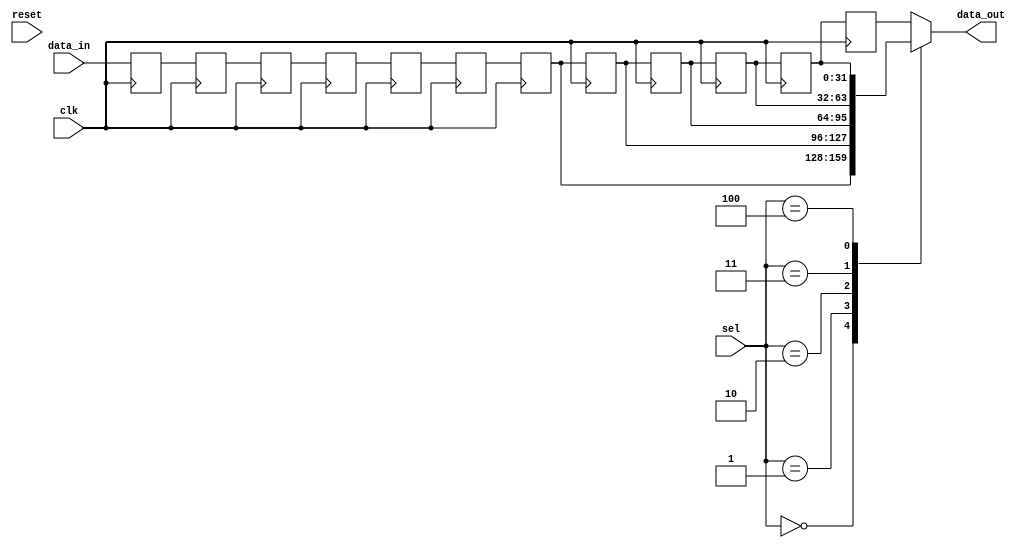
`timescale 1 ns / 1 ps

module ShiftReg #(parameter DATA=32)
   (input         clk,reset,
    input  [2:0]  sel,
    input  [DATA-1:0] data_in,
    output reg [DATA-1:0] data_out);

reg [DATA-1:0] shift_array [11:0];

always @(posedge clk) begin
    shift_array[0] <= data_in;
end

genvar shft;

generate
    for(shft=0; shft < 11; shft=shft+1) begin: DELAY_BLOCK
        always @(posedge clk) begin
            shift_array[shft+1] <= shift_array[shft];
        end
    end
endgenerate

always@(*)
begin
    case(sel)
    3'b000: data_out = shift_array[6];
    3'b001: data_out = shift_array[7];
    3'b010: data_out = shift_array[8];
    3'b011: data_out = shift_array[9];
    3'b100: data_out = shift_array[10];
    default: data_out = shift_array[11];
    endcase
end

endmodule